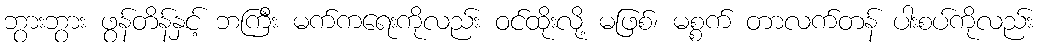
ဘွားဘွား ဖွန်တိန်နှင့် ဘကြီး မက်ကရေးကိုလည်း ဝင်ထိုးလို့ မဖြစ်၊ မစ္စက် တာလက်တန် ပါးစပ်ကိုလည်း